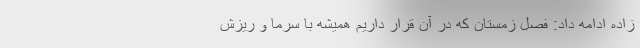
زاده ادامه داد: فصل زمستان که در آن قرار داریم همیشه با سرما و ریزش